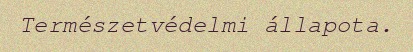
Természetvédelmi állapota.